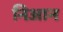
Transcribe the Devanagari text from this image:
निआन